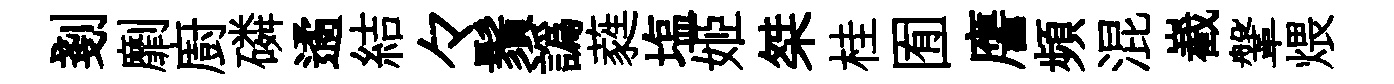
剗劘廚磷遹結々鬚譌蕤塩姬桀桂囿譍頻混嶻鞶煨